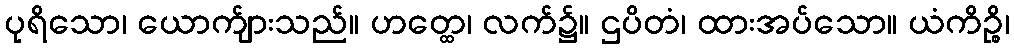
ပုရိသော၊ ယောက်ျားသည်။ ဟတ္ထေ၊ လက်၌။ ဌပိတံ၊ ထားအပ်သော။ ယံကိဉ္စိ၊